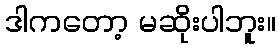
ဒါကတော့ မဆိုးပါဘူး။